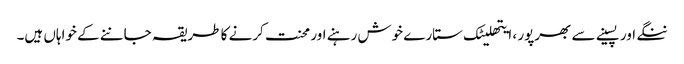
ننگے اور پسینے سے بھرپور ، ایتھلیٹک ستارے خوش رہنے اور محنت کرنے کا طریقہ جاننے کے خواہاں ہیں۔